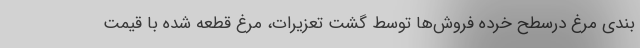
بندی مرغ درسطح خرده فروش‌ها توسط گشت تعزیرات، مرغ قطعه شده با قیمت